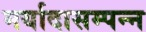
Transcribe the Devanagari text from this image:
मर्यादासम्पन्न